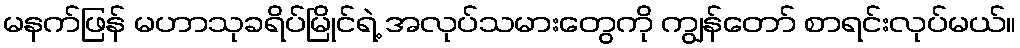
မနက်ဖြန် မဟာသုခရိပ်မြိုင်ရဲ့ အလုပ်သမားတွေကို ကျွန်တော် စာရင်းလုပ်မယ်။